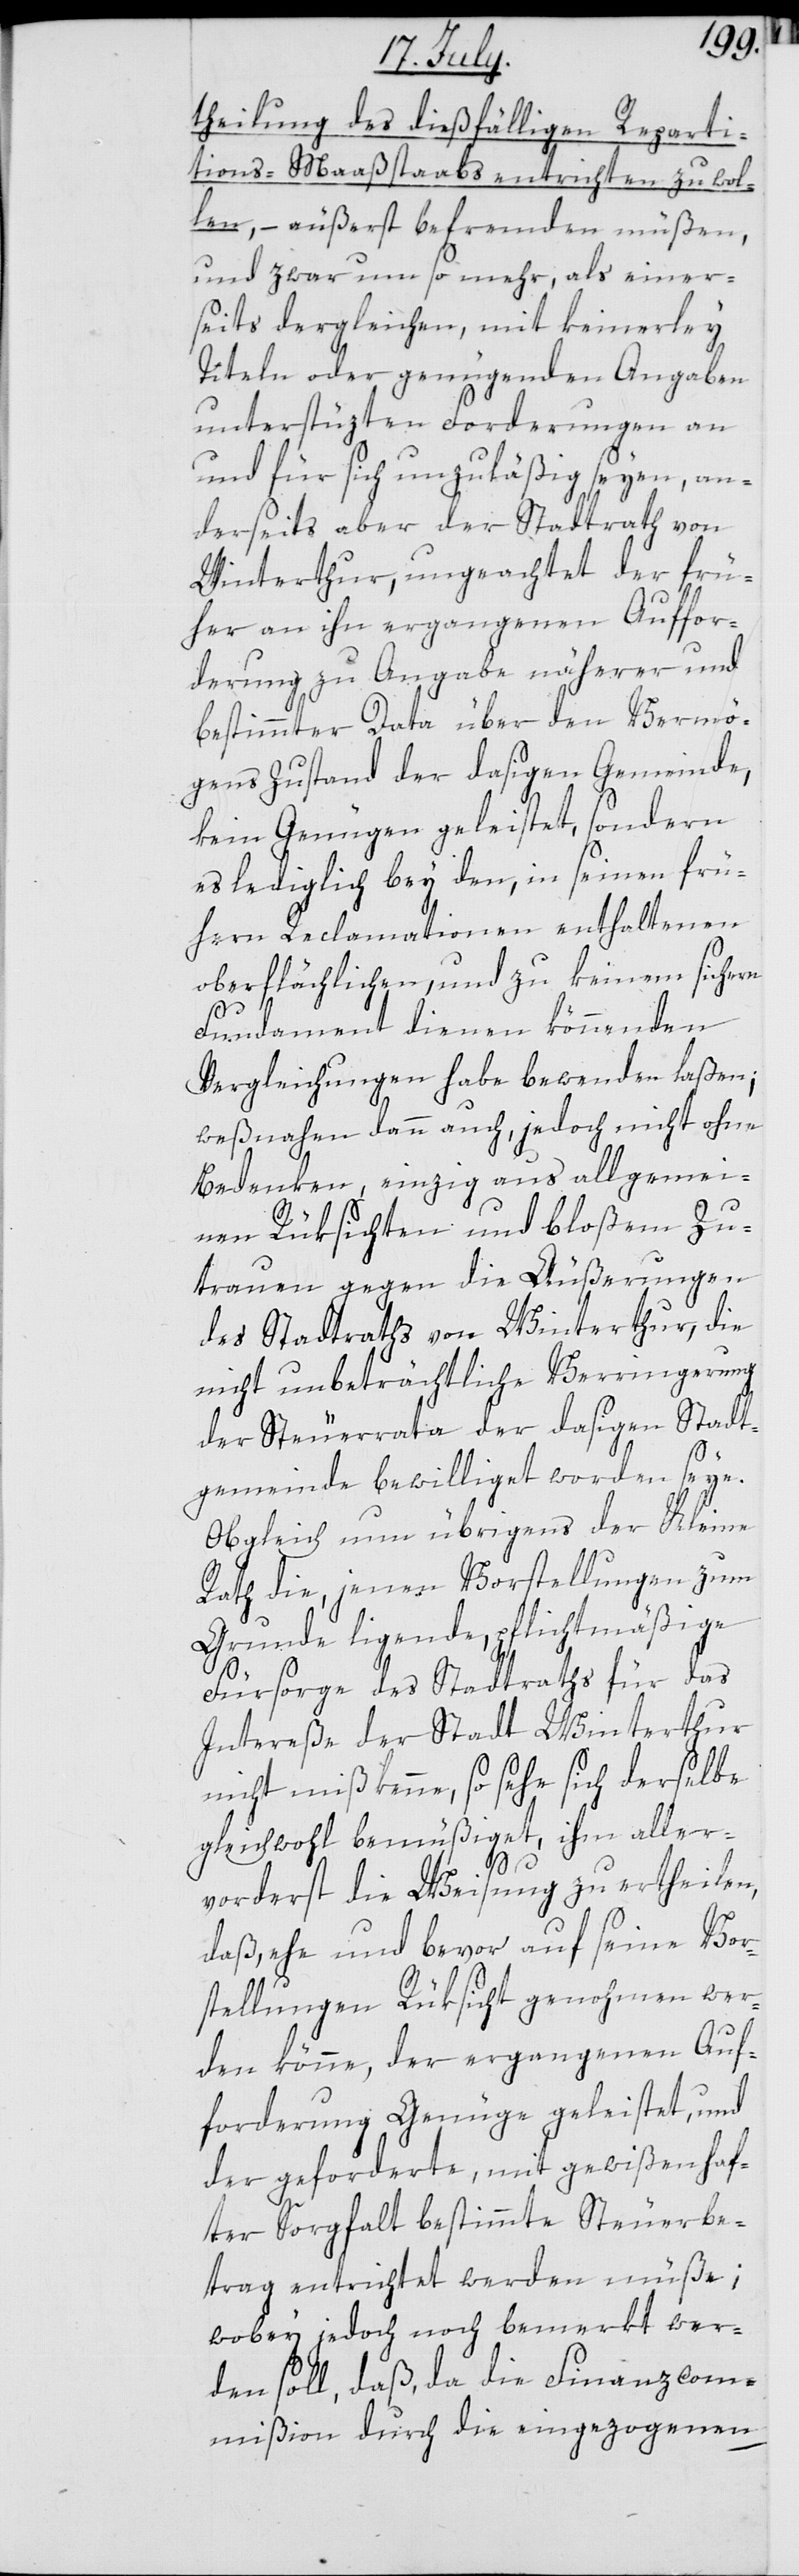
theilung des dießfälligen Reparti¬
tions-Maßstabs entrichten zu wol¬
len, – äußerst befremden müßen,
und zwar um so mehr, als einer¬
seits dergleichen mit keinerley
Titeln oder genügenden Angaben
unterstüzten Forderungen an
und für sich unzuläßig seyen, an¬
derseits aber der Stadtrath von
Winterthur, ungeachtet der frü¬
her an ihn ergangenen Auffor¬
derung zu Angabe näherer und
bestimmter Data über den Vermö¬
genszustand der dasigen Gemeinde,
kein Genügen geleistet, sondern
es lediglich bey den, in seinen frü¬
hern Reclamationen enthaltenen
oberflächlichen, und zu keinem sichern
Fundament dienen könnenden
Vergleichungen habe bewenden laßen;
weßnahen dann auch, jedoch nicht ohne
Bedenken, einzig aus allgemei¬
nen Rüksichten und bloßem Zu¬
trauen gegen die Äußerungen
des Stadtraths von Winterthur, die
nicht unbeträchtliche Verringerung
der Steuerrata der dasigen Stadt¬
gemeinde bewilliget worden seye.
Obgleich nun übrigens der Kleine
Rath die, jenen Vorstellungen zum
Grunde ligende, pflichtmäßige
Fürsorge des Stadtraths für das
Intereße der Stadt Winterthur
nicht mißkenne, so sehe sich derselbe
gleichwohl bemüßiget, ihm aller¬
vorderst die Weisung zu ertheilen,
daß, ehe und bevor auf seine Vor¬
stellungen Rüksicht genohmen wer¬
den könne, der ergangenen Auf¬
forderung Genüge geleistet, und
der geforderte, mit gewißenhaf¬
ter Sorgfalt bestimmte Steuerbe¬
trag entrichtet werden müße;
wobey jedoch noch bemerkt wer¬
den soll, daß, da die Finanzcom¬
mißion durch die eingezogenen